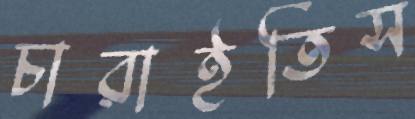
চারাইতিস